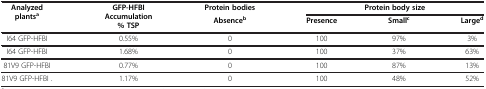
<table><thead><tr><td rowspan="2"><b>Analyzed plants<sup>a</sup></b></td><td rowspan="2"><b>GFP-HFBI Accumulation % TSP</b></td><td><b>Protein bodies</b></td><td colspan="3"><b>Protein body size</b></td></tr><tr><td><b>Absence<sup>b</sup></b></td><td><b>Presence</b></td><td><b>Small<sup>c</sup></b></td><td><b>Large<sup>d</sup></b></td></tr></thead><tbody><tr><td>I64 GFP-HFBI</td><td>0.55%</td><td>0</td><td>100</td><td>97%</td><td>3%</td></tr><tr><td>I64 GFP-HFBI</td><td>1.68%</td><td>0</td><td>100</td><td>37%</td><td>63%</td></tr><tr><td>81V9 GFP-HFBI</td><td>0.77%</td><td>0</td><td>100</td><td>87%</td><td>13%</td></tr><tr><td>81V9 GFP-HFBI .</td><td>1.17%</td><td>0</td><td>100</td><td>48%</td><td>52%</td></tr></tbody></table>